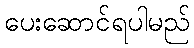
ပေးဆောင်ရပါမည်